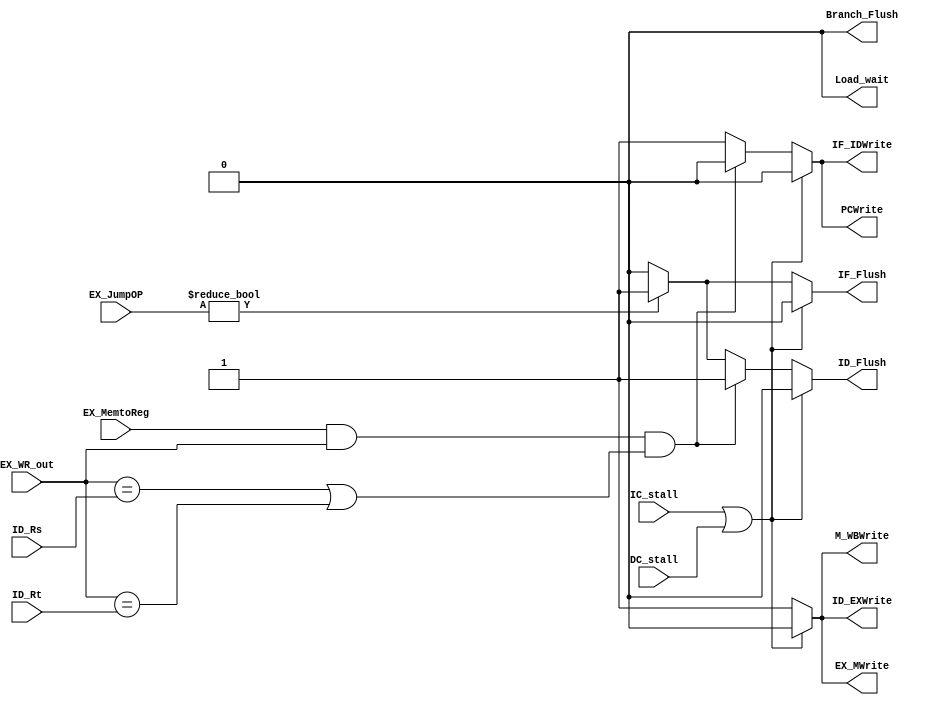
// Hazard Detection Unit

module HDU ( // input
			 IC_stall,
			 DC_stall,
			 ID_Rs,
             ID_Rt,
			 EX_WR_out,
			 EX_MemtoReg,
			 EX_JumpOP,
			 // output
			 PCWrite,			 
			 IF_IDWrite,
			 ID_EXWrite,
			 EX_MWrite,
			 M_WBWrite,
			 IF_Flush,
			 ID_Flush,
			 Branch_Flush,
			 Load_wait
			 );
	
	parameter bit_size = 32;
	input IC_stall;
	input DC_stall;
	input [4:0] ID_Rs;
	input [4:0] ID_Rt;
	input [4:0] EX_WR_out;
	input EX_MemtoReg;
	input [1:0] EX_JumpOP;
	
	output PCWrite;
	output IF_IDWrite;
	output ID_EXWrite;
	output EX_MWrite;
	output M_WBWrite;
	output IF_Flush;
	output ID_Flush;
	output Branch_Flush;
	output Load_wait;
	reg PCWrite;
	reg IF_IDWrite;
	reg ID_EXWrite;
	reg EX_MWrite;
	reg M_WBWrite;
	reg IF_Flush;
	reg ID_Flush;
	reg Branch_Flush;
	reg Load_wait;
	
	always @(*) begin
		//default signal value
		PCWrite		 <= 1;
		IF_IDWrite	 <= 1;
		ID_EXWrite   <= 1;
		EX_MWrite    <= 1;
		M_WBWrite    <= 1;
		IF_Flush	 <= 0;
		ID_Flush	 <= 0;
		Branch_Flush <= 0;
		Load_wait	 <= 0;
		
		// Branch
		if (EX_JumpOP != 0)
		begin
			//IF_IDWrite	<= 0;
			IF_Flush	<= 1;
			ID_Flush 	<= 1;	
		end
		
		// Load
		if ( (EX_MemtoReg == 1) && (EX_WR_out) && ( (EX_WR_out ==  ID_Rs) || (EX_WR_out == ID_Rt )) ) 
		begin
			PCWrite 	<= 0;
			IF_IDWrite 	<= 0;
			ID_Flush <= 1;
		end
		
		//miss
		if(IC_stall || DC_stall)
		begin
			PCWrite		 <= 0;
			IF_IDWrite	 <= 0;
			ID_EXWrite   <= 0;
			EX_MWrite    <= 0;
			M_WBWrite    <= 0;
			IF_Flush	 <= 0;
			ID_Flush	 <= 0;
		end
	end
	
endmodule